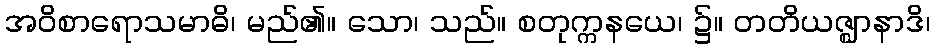
အဝိစာရောသမာဓိ၊ မည်၏။ သော၊ သည်။ စတုက္ကနယေ၊ ၌။ တတိယဇ္ဈာနာဒိ၊